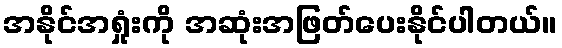
အနိုင်အရှုံးကို အဆုံးအဖြတ်ပေးနိုင်ပါတယ်။